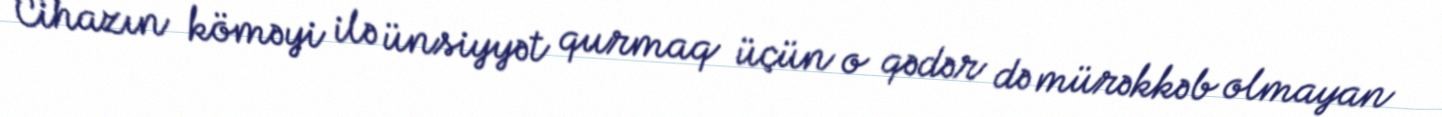
Cihazın köməyi ilə ünsiyyət qurmaq üçün o qədər də mürəkkəb olmayan